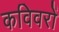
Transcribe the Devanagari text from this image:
कविवरों